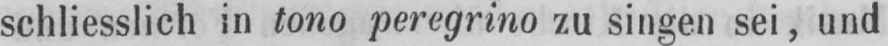
schliesslich in tono peregrino zu singen sei, und